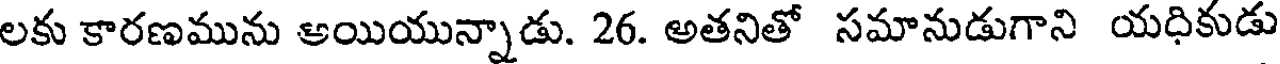
లకు కారణమును అయియున్నాడు. 26. అతనితో సమానుడుగాని యధికుడు